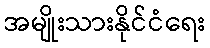
အမျိုးသားနိုင်ငံရေး